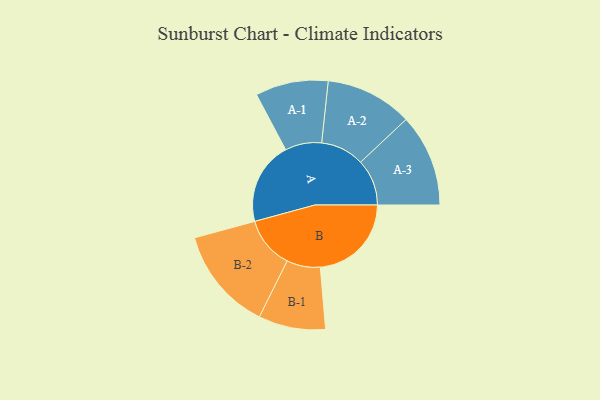
{"axis": {"x": "Segment", "y": "Value"}, "legend": ["", "A", "B"], "data": [{"x": "A", "y": 454, "type": ""}, {"x": "B", "y": 500, "type": ""}, {"x": "A-1", "y": 200, "type": "A"}, {"x": "A-2", "y": 239, "type": "A"}, {"x": "A-3", "y": 254, "type": "A"}, {"x": "B-1", "y": 184, "type": "B"}, {"x": "B-2", "y": 284, "type": "B"}]}